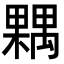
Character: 𣜢